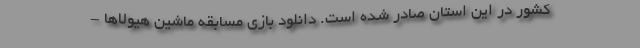
کشور در این استان صادر شده است. دانلود بازی مسابقه ماشین هیولاها -